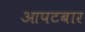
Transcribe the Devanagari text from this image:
आपटबार